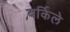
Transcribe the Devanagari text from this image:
बर्किले